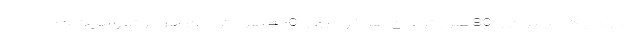
حدود یک‌میلیون و 80 هزار تومان هر خودرو و 450 هزار تومان هر موتورسیکلت